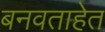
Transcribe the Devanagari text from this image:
बनवताहेत